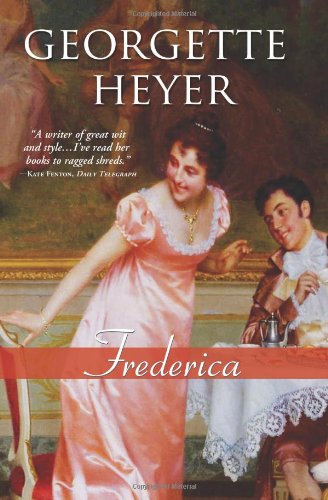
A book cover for Frederica: A funny and brilliant clean Regency romance (Regency Romances); Georgette Heyer; Romance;